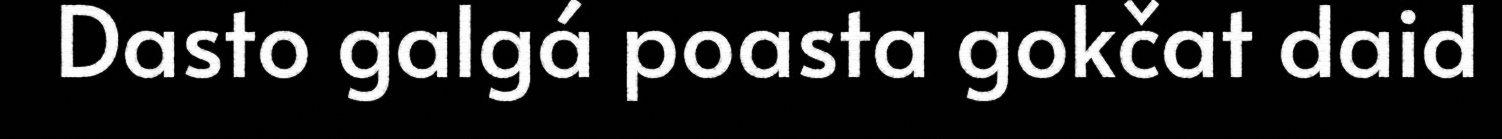
Dasto galgá poasta gokčat daid